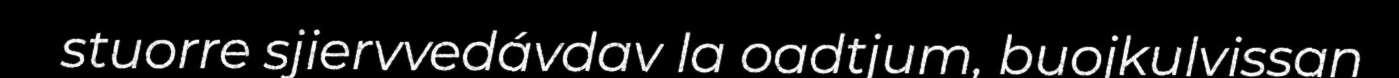
stuorre sjiervvedávdav la oadtjum, buojkulvissan